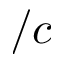
/ c